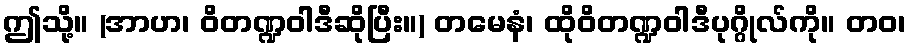
ဤသို့။ (အာဟ၊ ဝိတဏ္ဍဝါဒီဆိုပြီး။) တမေနံ၊ ထိုဝိတဏ္ဍဝါဒီပုဂ္ဂိုလ်ကို။ တဝ၊